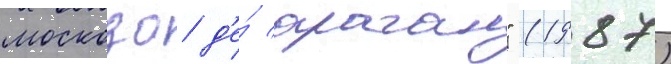
москозо д'е́ араган" (1987)